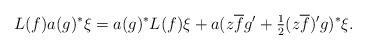
LaTeX: \begin{align*}L(f)a(g)^*\xi = a(g)^*L(f)\xi + a(z\overline{f}g^\prime + \tfrac12 (z\overline{f})^\prime g)^*\xi.\end{align*}